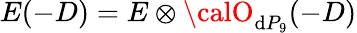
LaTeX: E(-D)=E\otimes{\calO}_{\mathrm{d}P_{9}}(-D)